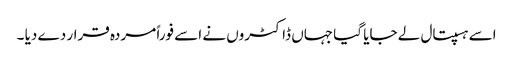
اسے ہسپتال لے جایا گیا جہاں ڈاکٹروں نے اسے فوراً مردہ قرار دے دیا ۔